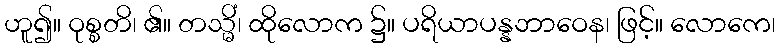
ဟူ၍။ ဝုစ္စတိ၊ ၏။ တသ္မိံ၊ ထိုလောက ၌။ ပရိယာပန္နဘာဝေန၊ ဖြင့်။ လောကေ၊